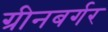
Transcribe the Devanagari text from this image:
ग्रीनबर्गर